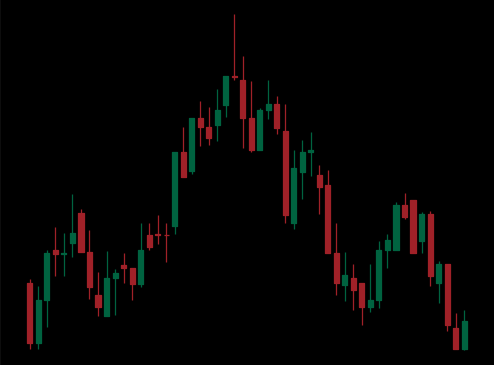
Pattern: head_shoulders